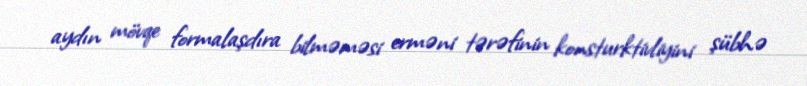
aydın mövqe formalaşdıra bilməməsi erməni tərəfinin konsturktivliyini şübhə